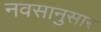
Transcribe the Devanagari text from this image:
नवसानुसार